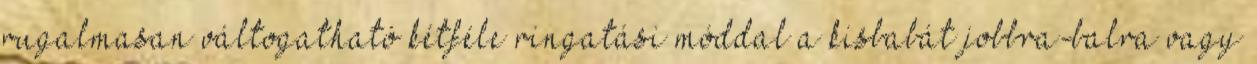
rugalmasan váltogatható kétféle ringatási móddal a kisbabát jobbra-balra vagy